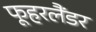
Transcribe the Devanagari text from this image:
फूहरलैंडर